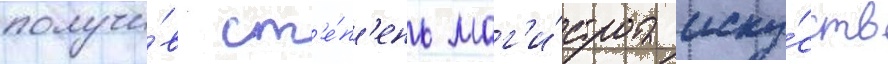
получи́в ст'е́п'ень маг'и́стра иску́сств